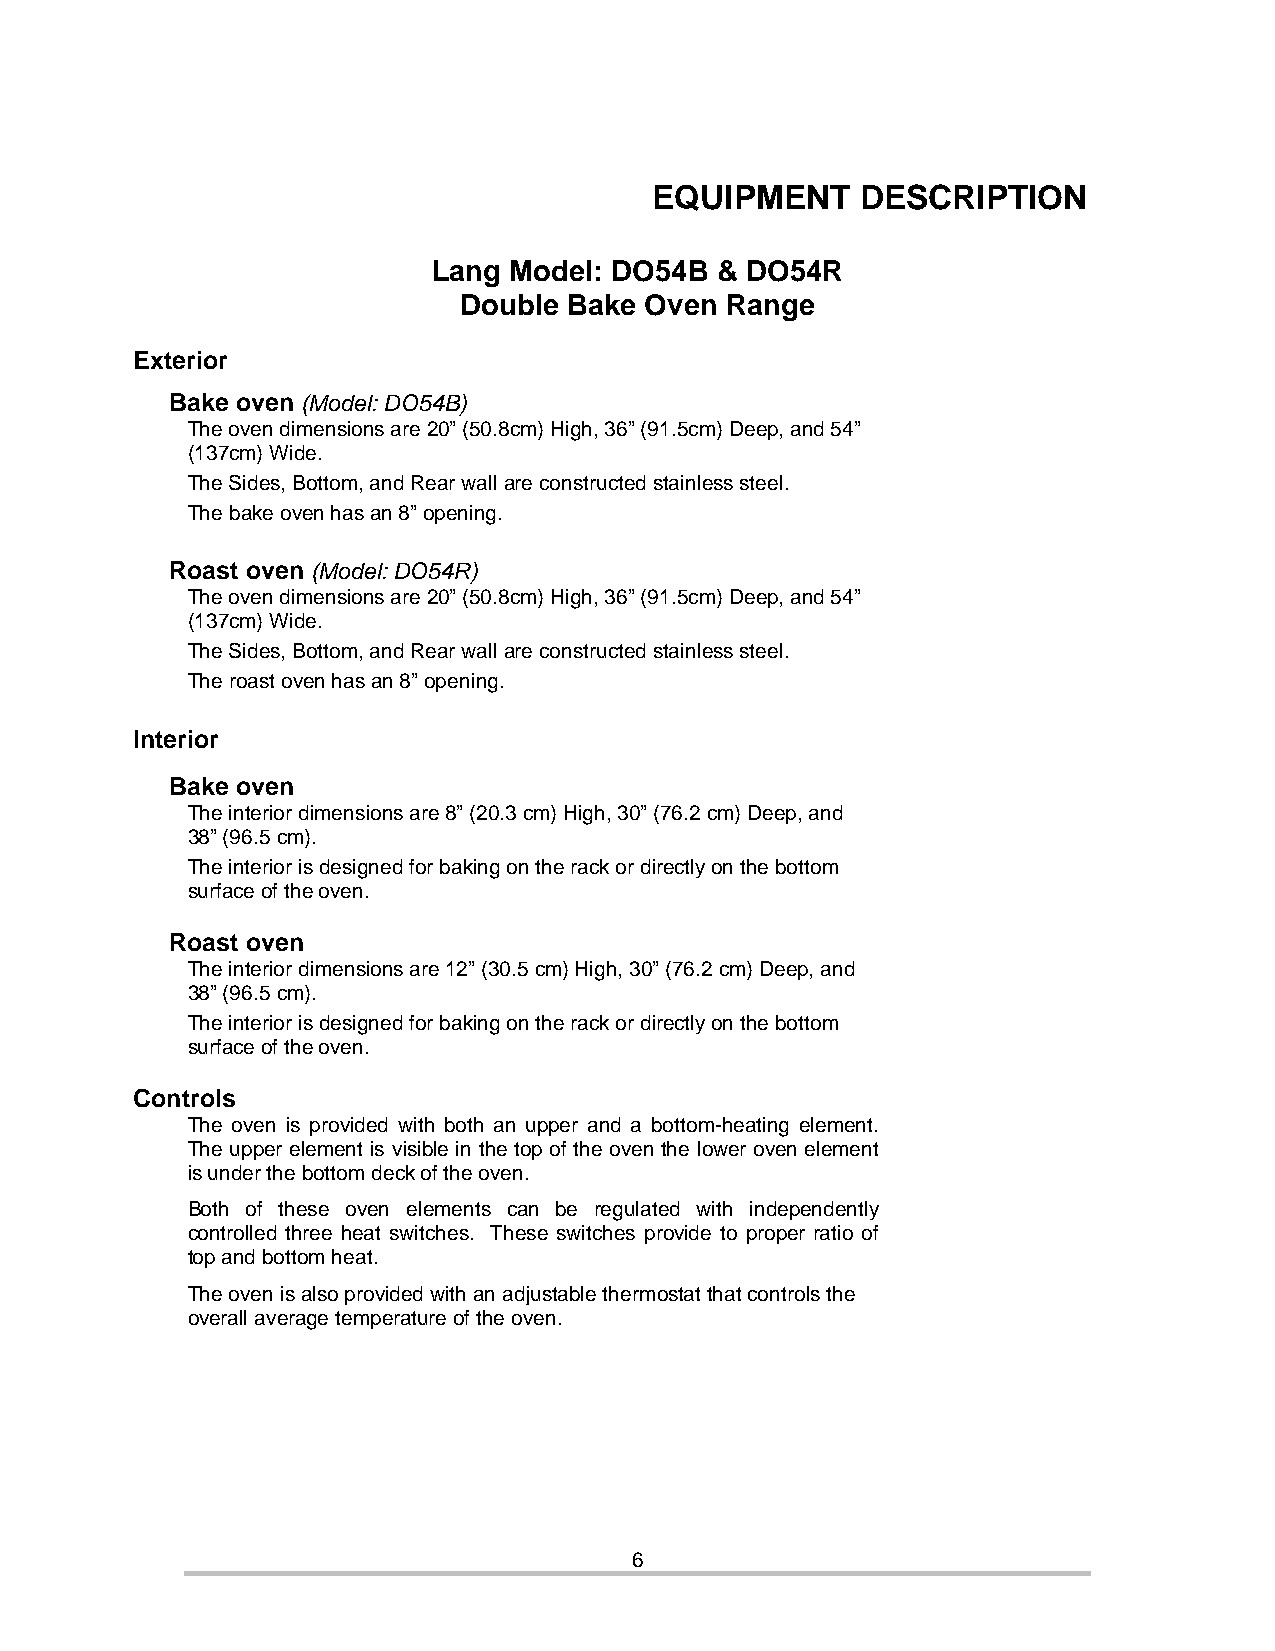
EQUIPMENT     DESCRIPTION
 Lang Model: DO54B & DO54R
 Double  Bake Oven Range
 Exterior
 Bake oven (Model: DO54B)
 The oven dimensions are 20” (50.8cm) High, 36” (91.5cm) Deep, and 54”
 (137cm) Wide.
 The Sides, Bottom, and Rear wall are constructed stainless steel.
 The bake oven has an 8” opening.
 Roast oven (Model: DO54R)
 The oven dimensions are 20” (50.8cm) High, 36” (91.5cm) Deep, and 54”
 (137cm) Wide.
 The Sides, Bottom, and Rear wall are constructed stainless steel.
 The roast oven has an 8” opening.
 Interior
 Bake oven
 The interior dimensions are 8” (20.3 cm) High, 30” (76.2 cm) Deep, and
 38” (96.5 cm).
 The interior is designed for baking on the rack or directly on the bottom
 surface of the oven.
 Roast oven
 The interior dimensions are 12” (30.5 cm) High, 30” (76.2 cm) Deep, and
 38” (96.5 cm).
 The interior is designed for baking on the rack or directly on the bottom
 surface of the oven.
 Controls
 The oven is provided with both an upper and a bottom-heating element.
 The upper element is visible in the top of the oven the lower oven element
 is under the bottom deck of the oven.
 Both of these oven elements can be regulated with independently
 controlled three heat switches. These switches provide to proper ratio of
 top and bottom heat.
 The oven is also provided with an adjustable thermostat that controls the
 overall average temperature of the oven.
 6